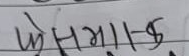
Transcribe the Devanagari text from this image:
फेसामाक